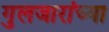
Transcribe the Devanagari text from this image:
गुलजारांच्या